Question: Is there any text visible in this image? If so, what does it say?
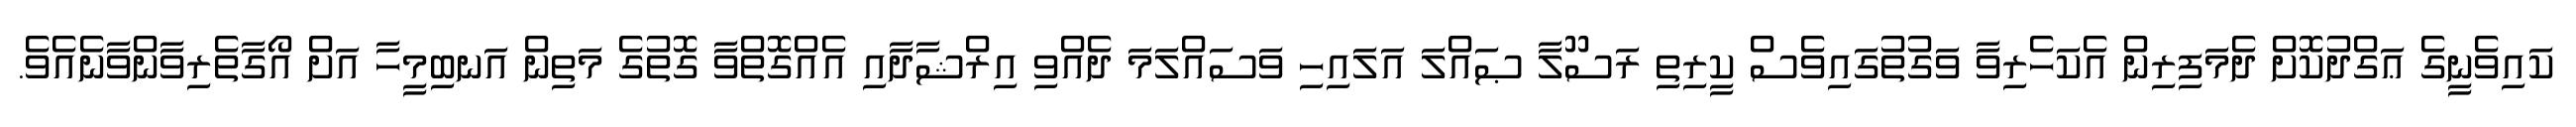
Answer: ކައިވެނީގެ ޢަގްދުކޮށް ދެމަފިރިން އެކަހެރިވާ ވަގުތުގައިވެސް ކީރިތި ރަސޫލާ ޞައްލަ އަލައިހި ވަސައްލަމަ ދެއްވި އިރްޝާދާއި އެއްގޮތްވާ ގޮތުގެ މަތިން އަނބިމީހާ އަށް އޯގާތެރިވާންވާނެއެވެ.